Standardisation of Calmette's anti-venomous serum with pure cobra venom - Number 1
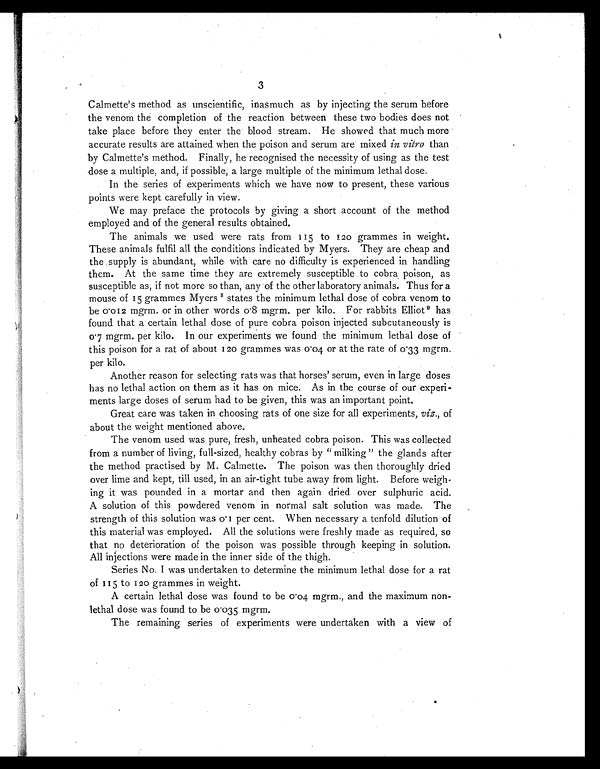
3
Calmette's method as unscientific, in as much as by injecting the serum before
the venom the completion of the reaction between these two bodies does not
take place before they enter the blood stream. He showed that much more
accurate results are attained when the poison and serum are mixed in vitro than
by Calmette's method. Finally, he recognised the necessity of using as the test
dose a multiple, and, if possible, a large multiple of the minimum lethal dose.
In the series of experiments which we have now to present, these various
points were kept carefully in view.
We may preface the protocols by giving a short account of the method
employed and of the general results obtained.
The animals we used were rats from 115 to 120 grammes in weight.
These animals fulfil all the conditions indicated by Myers. They are cheap and
the supply is abundant, while with care no difficulty is experienced in handling
them. At the same time they are extremely susceptible to cobra poison, as
susceptible as, if not more so than, any of the other laboratory animals. Thus for a
mouse of 15 grammes Myers 8 states the minimum lethal dose of cobra venom to
be 0·012 mgrm. or in other words 0·8 mgrm. per kilo. For rabbits Elliot 9 has
found that a certain lethal dose of pure cobra poison injected subcutaneously is
0·7 mgrm, per kilo. In our experiments we found the minimum lethal dose of
this poison for a rat of about 120
grammes was 0·04 or at the rate of 0·33 mgrm.
per kilo.
Another reason for selecting rats was that horses' serum, even in large doses
has no lethal action on them as it has on mice. As in the course of our experi-
ments large doses of serum had to be given, this was an important point.
Great care was taken in choosing rats of one size for all experiments, viz., of
about the weight mentioned above.
The venom used was pure, fresh, unheated cobra poison. This was collected
from a number of living, full-sized, healthy cobras by "milking" the glands after
the method practised by M. Calmette. The poison was then thoroughly dried
over lime and kept, till used, in an air-tight tube away from light. Before weigh
ing it was pounded in a mortar and then again dried over sulphuric acid.
A solution of this powdered venom in normal salt solution was made. The
strength of this solution was 0·1 per cent. When necessary a tenfold dilution of
this material was employed. All the solutions were freshly made as required, so
that no deterioration of the poison was possible through keeping in solution.
All injections were made in the inner side of the thigh.
Series No. I was undertaken to determine the minimum lethal dose for a rat
of 115 to 120 grammes in weight.
A certain lethal dose was found to be 0 ·04 mgrm., and the maximum non
- l e t h a l d o s e w a s f o u n d t o b e 0·
0 3 5 m g r m .
The remaining series of experiments were undertaken with a view of